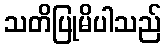
သတိပြုမိပါသည်